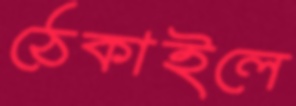
ঠেকাইলে